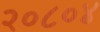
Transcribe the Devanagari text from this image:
२०८०४